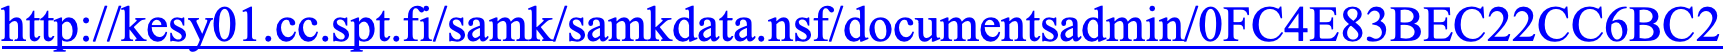
http://kesy01.cc.spt.fi/samk/samkdata.nsf/documentsadmin/0FC4E83BEC22CC6BC2